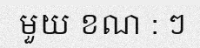
មួយ ខណ : ៗ